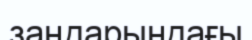
заңдарындағы